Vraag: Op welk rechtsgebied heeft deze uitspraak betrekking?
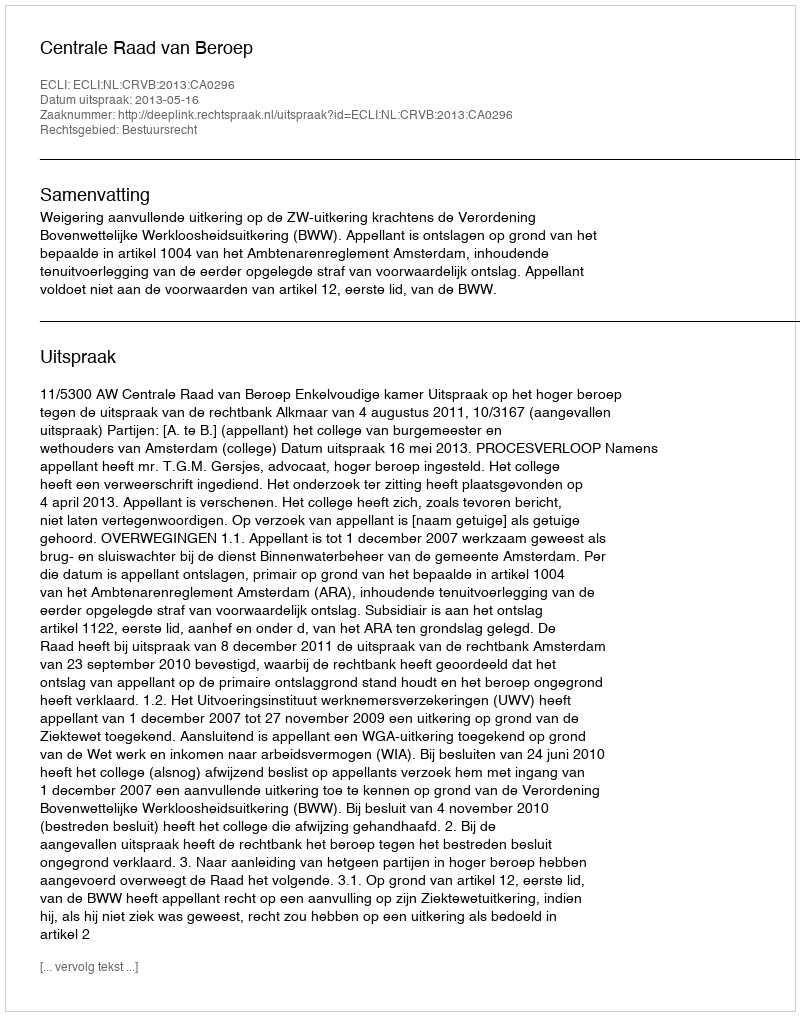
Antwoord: Bestuursrecht